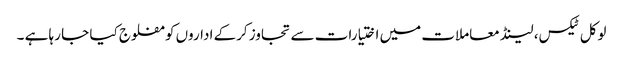
لوکل ٹیکس، لینڈ معاملات میں اختیارات سے تجاوز کرکے اداروں کو مفلوج کیا جا رہا ہے ۔